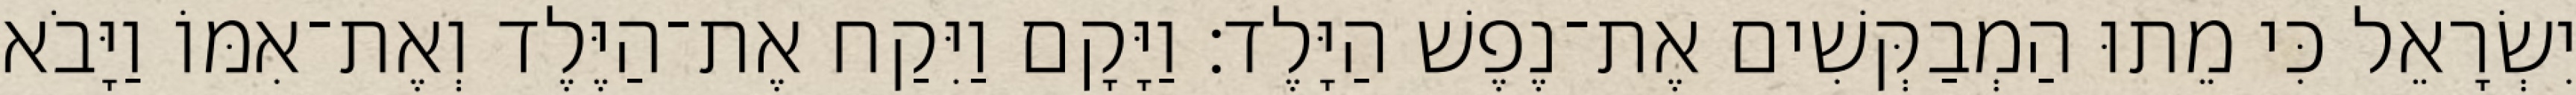
יִשְׂרָאֵל כִּי מֵתוּ הַמְבַקְּשִׁים אֶת־נֶפֶשׁ הַיָּלֶד׃ וַיָּקָם וַיִּקַח אֶת־הַיֶּלֶד וְאֶת־אִמּוֹ וַיָּבֹא